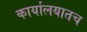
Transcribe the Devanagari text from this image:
कार्यालयातच